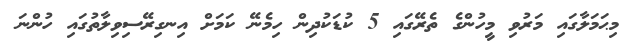
މިޙަމަލާގައި މަރުވި މީހުންގެ ތެރޭގައި 5 ކުޑަކުދިން ހިމެނޭ ކަމަށް އިނގިރޭސިވިލާތުގައި ހުންނަ